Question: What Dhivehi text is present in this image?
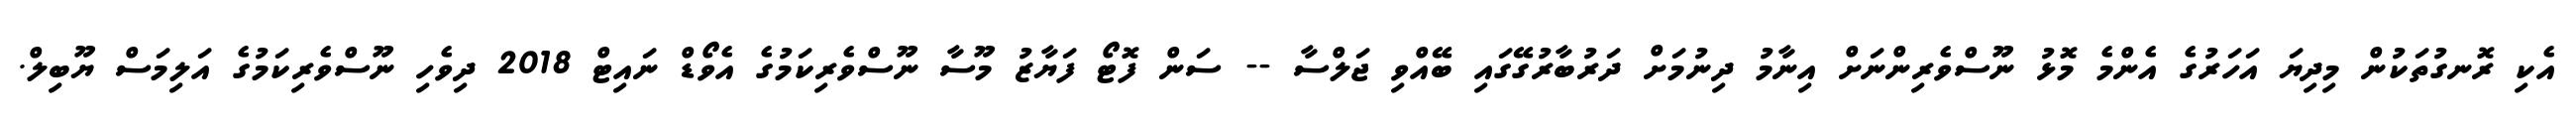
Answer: އެކި ރޮނގުތަކުން މިދިޔަ އަހަރުގެ އެންމެ މޮޅު ނޫސްވެރިންނަށް އިނާމު ދިނުމަށް ދަރުބާރުގޭގައި ބޭއްވި ޖަލްސާ -- ސަން ފޮޓޯ ފަޔާޒު މޫސާ ނޫސްވެރިކަމުގެ އެވޯޑް ނައިޓް 2018 ދިވެހި ނޫސްވެރިކަމުގެ އަލިމަސް ޔޫބިލް.